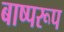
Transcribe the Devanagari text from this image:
बाष्परूप